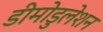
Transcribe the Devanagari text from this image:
डीमोडुलेशन